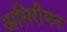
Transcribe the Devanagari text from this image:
असिरीयन